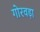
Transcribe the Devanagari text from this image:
गोरवड़ा